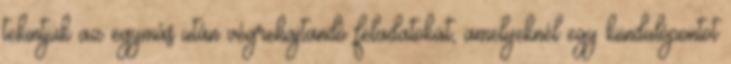
tekintjük az egymás után végrehajtandó feladatokat, amelyeknél egy kiindulópontot